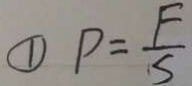
\textcircled { 1 } P = \frac { F } { S }